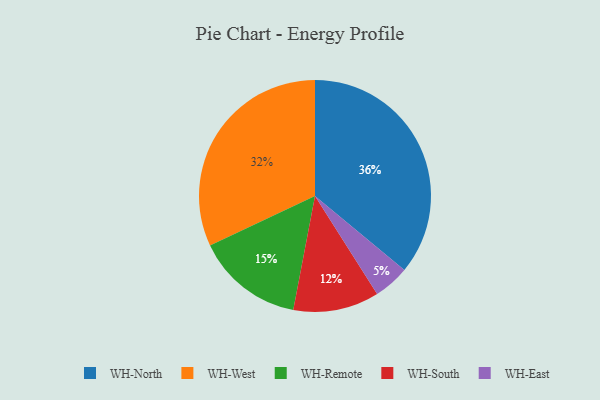
{"axis": {"x": "Category", "y": "Percentage"}, "legend": ["WH-East", "WH-North", "WH-Remote", "WH-South", "WH-West"], "data": [{"x": "WH-East", "y": 5, "type": "WH-East"}, {"x": "WH-Remote", "y": 15, "type": "WH-Remote"}, {"x": "WH-West", "y": 32, "type": "WH-West"}, {"x": "WH-North", "y": 36, "type": "WH-North"}, {"x": "WH-South", "y": 12, "type": "WH-South"}]}